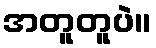
အတူတူပဲ။